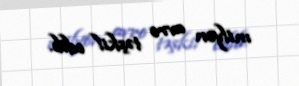
milyon avro təşkil edib.